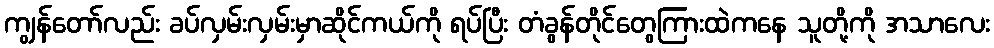
ကျွန်တော်လည်း ခပ်လှမ်းလှမ်းမှာဆိုင်ကယ်ကို ရပ်ပြီး တံခွန်တိုင်တွေကြားထဲကနေ သူတို့ကို အသာလေး